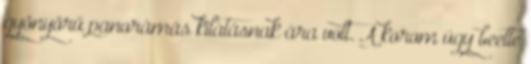
gyönyörű panorámás kilátásnak ára volt. A korom úgy beette